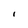
Character: I